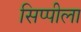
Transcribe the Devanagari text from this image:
सिप्पीला